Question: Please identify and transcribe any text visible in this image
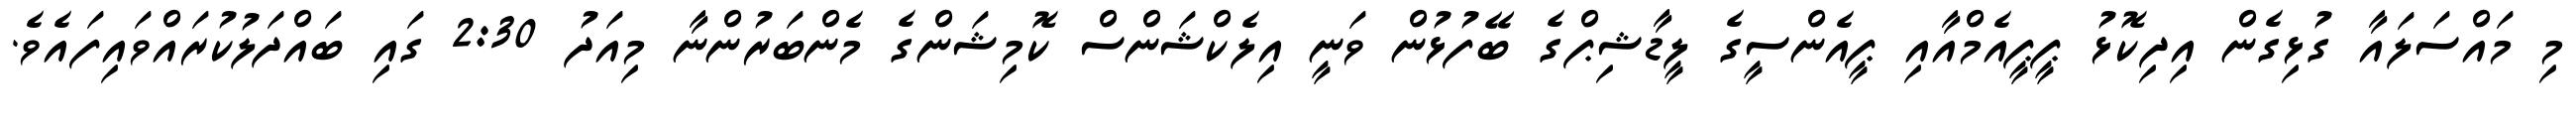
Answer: މި މައްސަލައާ ގުޅިގެން އިދިކޮޅު ޕީޕީއެމްއާއި ޕީއެންސީގެ ލީޑާޝިޕްގެ ބޭފުޅުން ވަނީ އިލެކްޝަންސް ކޮމިޝަންގެ މެންބަރުންނާ މިއަދު 2:30 ގައި ބައްދަލުކުރައްވައިފައެވެ.